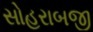
સોહરાબજી